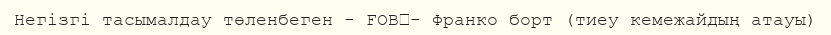
Негізгі тасымалдау төленбеген - FOB	- Франко борт (тиеу кемежайдың атауы)